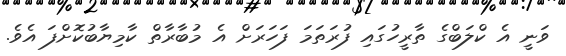
ވަނީ އެ ކްލަބްގެ ތާރީހުގައި ފުރަތަމަ ފަހަރަށް އެ މުބާރާތް ކާމިޔާބުކޮށްފަ އެވެ.